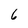
Character: 6